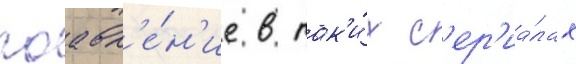
поавл'е́н'ие в так'и́х с'ер'иа́лах